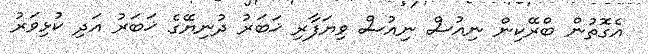
އެގޮތުން ބްރޭކިން ނިއުސް ނިއުސް ވިޔަފާރި ޚަބަރު ދުނިޔޭގެ ޚަބަރު އަދި ކުޅިވަރު